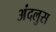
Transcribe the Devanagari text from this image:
अंदलुस